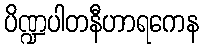
ပိဏ္ဍပါတနီဟာရကေန